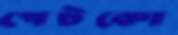
পেটকো